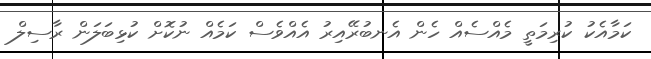
ކަމާއެކު ކުރިމަތީ މެއްސެއް ހެން އެނބުރޭއިރު އެއްވެސް ކަމެއް ނުކޮށް ކުޅިބަލަން ރާސިލް